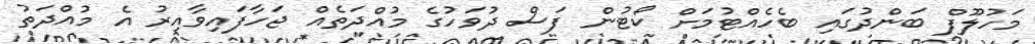
މަހުލޫފް ބަންދުގައި ބެހެއްޓުމަށް ކޯޓުން ފަސް ދުވަހުގެ މުއްދަތެއް ޖަހާފައިވާއިރު އެ މުއްދަތު